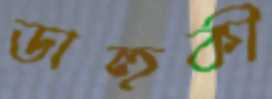
ডাহুকী